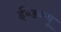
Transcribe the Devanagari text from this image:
ई०डब्ल्यू